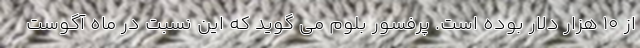
از 10 هزار دلار بوده است. پرفسور بلوم می گوید که این نسبت در ماه آگوست